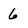
Character: 6